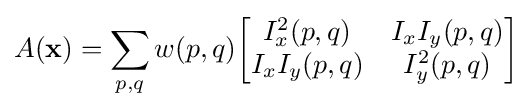
A(\mathbf {x} )=\sum _{p,q}w(p,q){\begin{bmatrix}I_{x}^{2}(p,q)&I_{x}I_{y}(p,q)\\I_{x}I_{y}(p,q)&I_{y}^{2}(p,q)\\\end{bmatrix}}